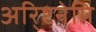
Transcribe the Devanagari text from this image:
अरि्ष्टनेमि